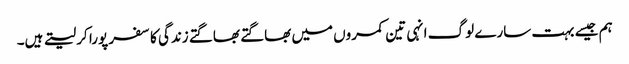
ہم جیسے بہت سارے لوگ انہی تین کمروں میں بھاگتے بھاگتے زندگی کا سفر پورا کر لیتے ہیں۔